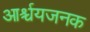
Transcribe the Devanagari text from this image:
आर्श्चयजनक